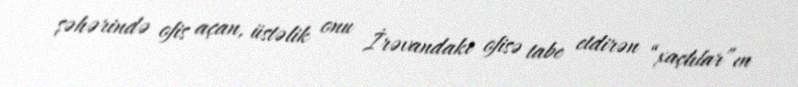
şəhərində ofis açan, üstəlik onu İrəvandakı ofisə tabe etdirən “xaçlılar”ın